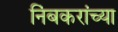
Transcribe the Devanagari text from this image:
निंबकरांच्या